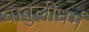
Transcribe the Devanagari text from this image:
बाबुलीधर्म